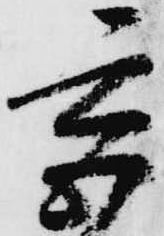
宮